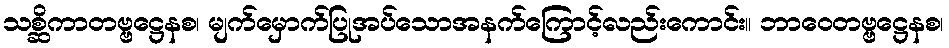
သစ္ဆိကာတဗ္ဗဋ္ဌေနစ၊ မျက်မှောက်ပြုအပ်သောအနက်ကြောင့်လည်းကောင်း။ ဘာဝေတဗ္ဗဋ္ဌေနစ၊